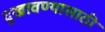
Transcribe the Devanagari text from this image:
दुखावण्यासाठी